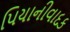
પિયાનીવાદક